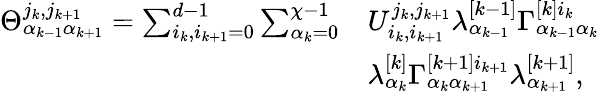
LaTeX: \begin{array}{rl}{\Theta_{\alpha_{k-1}\alpha_{k+1}}^{j_{k},j_{k+1}}=\sum_{i_{k},i_{k+1}=0}^{d-1}\sum_{\alpha_{k}=0}^{\chi-1}}&{U_{i_{k},i_{k+1}}^{j_{k},j_{k+1}}\lambda_{\alpha_{k-1}}^{[k-1]}\Gamma_{\alpha_{k-1}\alpha_{k}}^{[k]i_{k}}}\\ &{\lambda_{\alpha_{k}}^{[k]}\Gamma_{\alpha_{k}\alpha_{k+1}}^{[k+1]i_{k+1}}\lambda_{\alpha_{k+1}}^{[k+1]},}\end{array}